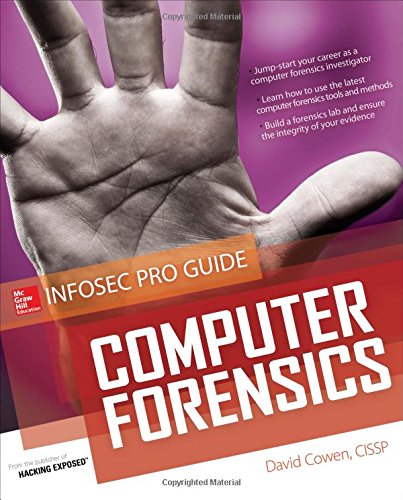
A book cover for Computer Forensics InfoSec Pro Guide; David Cowen; Computers & Technology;